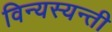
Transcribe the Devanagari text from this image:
विन्यस्यन्ती